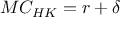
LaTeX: M C _ { H K } = r + \delta